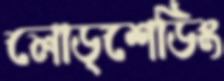
লোড্‌শেডিং